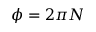
\phi = 2 \pi N